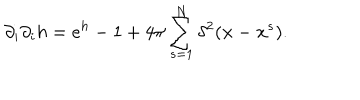
\partial _ { i } \partial _ { i } h = e ^ { h } - 1 + 4 \pi \sum _ { s = 1 } ^ { N } \delta ^ { 2 } ( { \bf { x } } - { \bf { x } } ^ { s } ) .